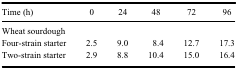
<table><thead><tr><td><b>Time (h)</b></td><td><b>0</b></td><td><b>24</b></td><td><b>48</b></td><td><b>72</b></td><td><b>96</b></td></tr><tr><td><b>Wheat sourdough</b></td><td>[EMPTY_CELL]</td><td>[EMPTY_CELL]</td><td>[EMPTY_CELL]</td><td>[EMPTY_CELL]</td><td>[EMPTY_CELL]</td></tr></thead><tbody><tr><td>Four-strain starter</td><td>2.5</td><td>9.0</td><td>8.4</td><td>12.7</td><td>17.3</td></tr><tr><td>Two-strain starter</td><td>2.9</td><td>8.8</td><td>10.4</td><td>15.0</td><td>16.4</td></tr></tbody></table>